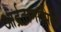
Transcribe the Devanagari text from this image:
आर्द्रतामापियों